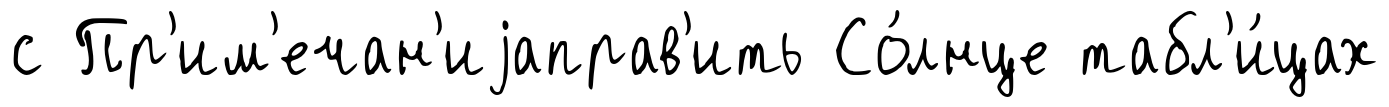
с Пр'им'ечан'иjаправ'ить Со́лнце табл'и́цах